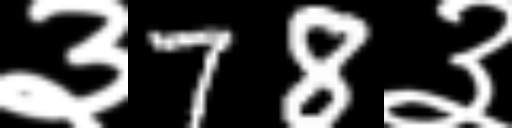
Text: ३78३